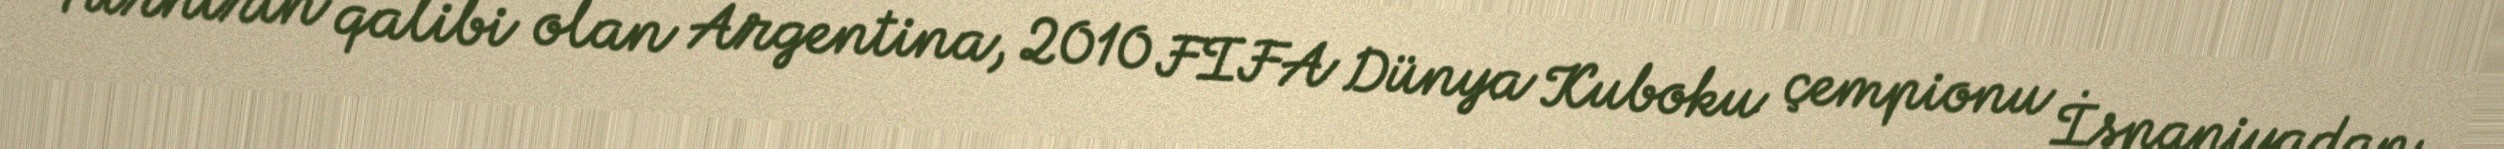
Turnirin qalibi olan Argentina, 2010 FIFA Dünya Kuboku çempionu İspaniyadan